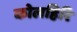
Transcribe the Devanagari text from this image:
कोलहिरि